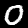
Digit: 0